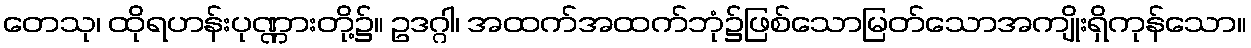
တေသု၊ ထိုရဟန်းပုဏ္ဏားတို့၌။ ဥဒဂ္ဂါ၊ အထက်အထက်ဘုံ၌ဖြစ်သောမြတ်သောအကျိုးရှိကုန်သော။